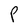
Character: P